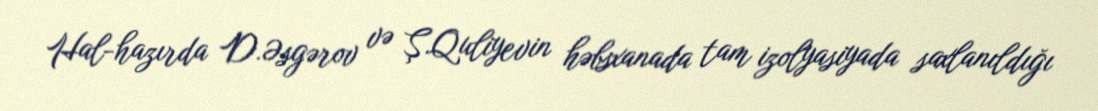
Hal-hazırda D.Əsgərov və Ş.Quliyevin həbsxanada tam izolyasiyada saxlanıldığı